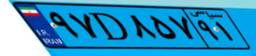
۹۷D۸۵۷۹۱